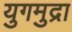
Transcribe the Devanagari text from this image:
युगमुद्रा